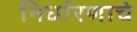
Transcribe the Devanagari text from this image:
निर्धारणाचे